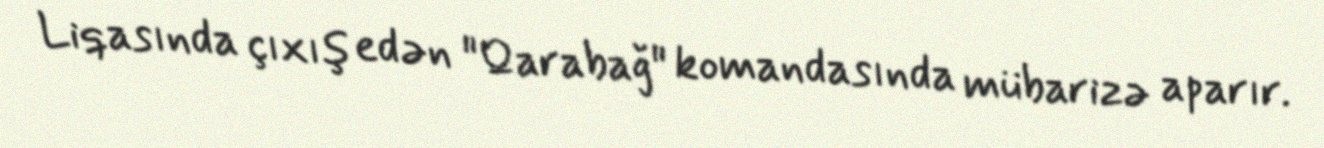
Liqasında çıxış edən "Qarabağ" komandasında mübarizə aparır.